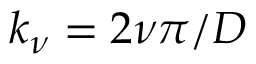
k _ { \nu } = 2 \nu \pi / D